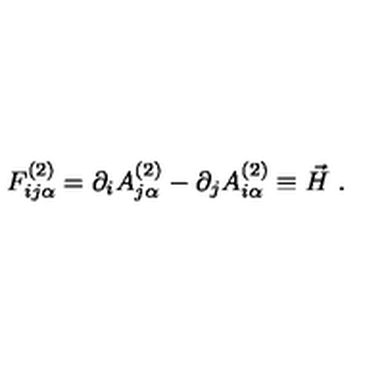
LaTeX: F _ { i j \alpha } ^ { ( 2 ) } = \partial _ { i } A _ { j \alpha } ^ { ( 2 ) } - \partial _ { j } A _ { i \alpha } ^ { ( 2 ) } \equiv \vec { H } \ .